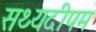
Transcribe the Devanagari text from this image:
सथ्यदीपम